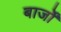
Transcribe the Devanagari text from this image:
बार्जों